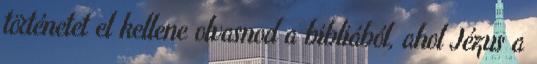
történetet el kellene olvasnod a bibliából, ahol Jézus a